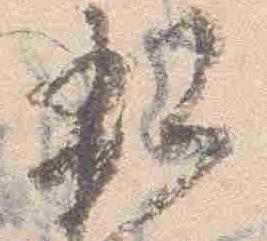
親